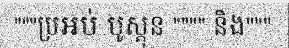
"""ប្រអប់ បូស្តុន """" និង"""